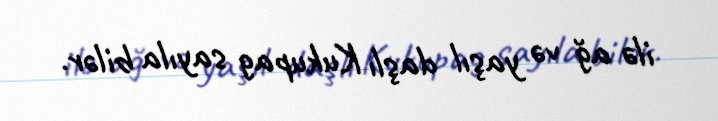
ilə ağ və yaşıl daşlı Kukupag sayıla bilər.